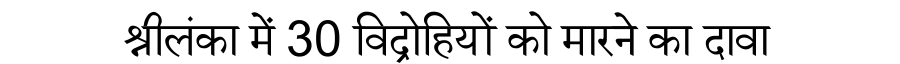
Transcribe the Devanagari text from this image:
श्रीलंका में 30 विद्रोहियों को मारने का दावा